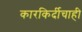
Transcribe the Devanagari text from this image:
कारकिर्दीचाही